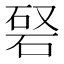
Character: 𥓆